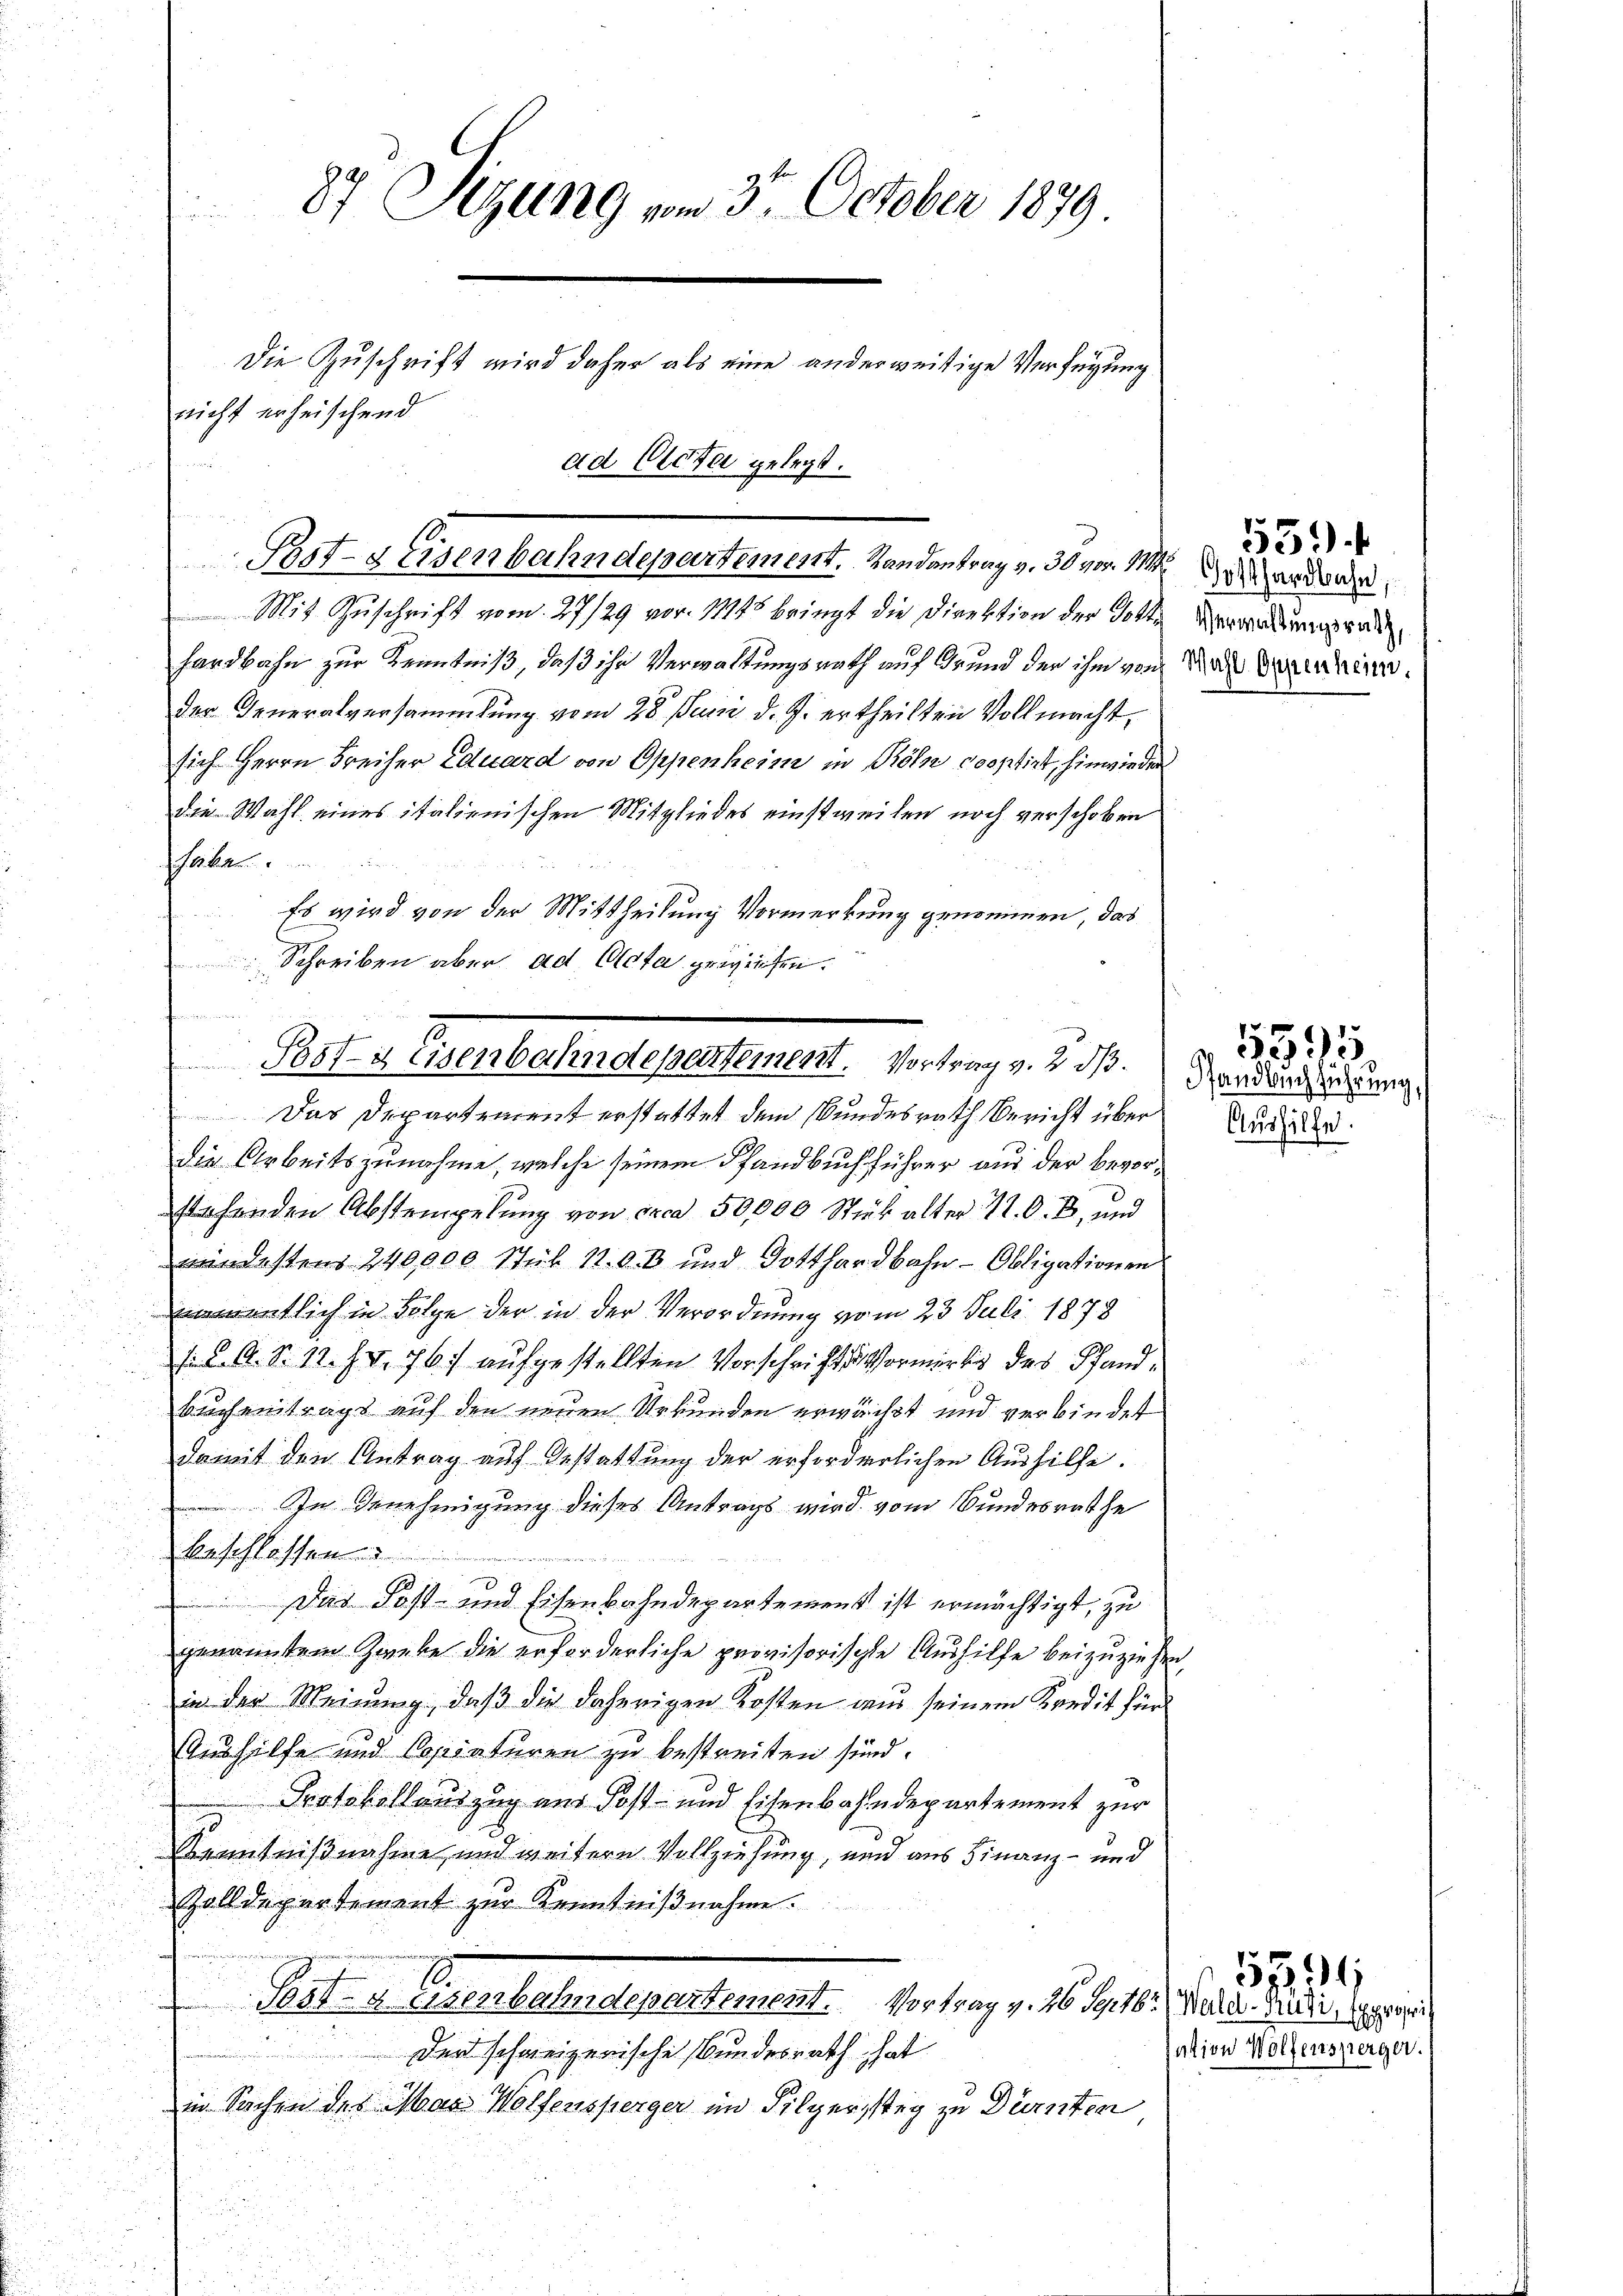
84 Sizung vom 3. October 1879
Die Zuschrift wird daher als eine anderweitige Verfügung
nicht erheischend
ad Cicta gelegt.

Pest-Eisenbahndepartement. Randantrag v. 30 vor. Mt

Mit Zuschrift vom 27/29 vor. 17145 bringt die Direktion der Gott
fardbahn zur Kenntniß, daß ihr Verwaltungsrath auf Grund der ihm von Nach Amerinn
der Generalversammlung vom 28. Juni d. J. ertheilten Vollmacht,
sich Herrn Freiher Eduard von Oppenheim in Köln Cooptirt, hinwieder
die Wahl eines italienischen Mitgliedes einstweilen noch verschoben
Festen
Es wird von der Mittheilung Vormerkung genommen, das
Schreiben aber ad Acta gewiesen.

Das Departement erstattet dem Bundesrath Bericht über
die Arbeitszunahme, welche seinem Pfandbuch führer aus der bevorstehenden Abstempelung von irca 50,000 Stick alter N. O. B., und
mindestens 240,000 Stük 17. O. B. und Gotthardbahn-Obligationen
namentlich in Folge der in der Verordnung vom 23. Juli 1878
/. K. A. S. 12. IV 76. aufgestellten Vorschrifts Vormerks des Pfand¬
Buchentrags auf den neuen Urkunden erwächst und verbindet
damit den Antrag auf Gestattung der erforderlichen Aushilfe.
In Genehmigung dieses Antrags wird vom Bundesrathe
Beschlossen
w
Das Post- und Eisenbahndepartement ist ermächtigt, zu
genanntem Zwecke die erforderliche provisorische Aushilfe beizuziehen,
in der Meinung, daß die daherigen Kosten aus seinem Kredit für
Aushilfe und Copiaturen zu bestreiten sind.
Protokollauszug aus Post- und Eisenbahndepartement zur
Kenntnißnahme, und weitere Vollziehung, und aus Finanz- und
Zolldepartement zur Kenntnißnahme.
Post- u. Greerbalendepartement. Vortrag v. 16. 1918. Julius Radi, der ei
u
Der schweizenische Bundesrath hat
in Sachen des Max Wolfensperger im Filgerssteg zu Dürnten

u
Bst u. Eisenbahndepartement. Vortrag v. 2. 3. Der den dies ung.

Gotthardbahn,
Verwaltungsrath,

559

5595

Aushilfe.

sation Wolfensperger.

5994